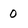
Character: 0